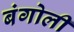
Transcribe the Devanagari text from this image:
बंगोली